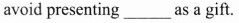
avoid presenting ___ as a gift.